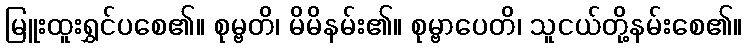
မြူးထူးရွှင်ပစေ၏။ စုမ္ဗတိ၊ မိမိနမ်း၏။ စုမ္ဗာပေတိ၊ သူငယ်တို့နမ်းစေ၏။